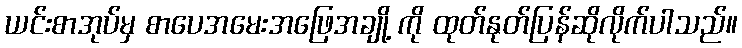
ယင်းစာအုပ်မှ စာပေအမေးအဖြေအချို့ ကို ထုတ်နုတ်ပြန်ဆိုလိုက်ပါသည်။